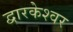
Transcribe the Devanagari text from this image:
द्वारकेश्वर